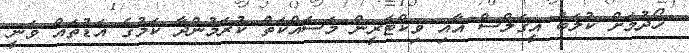
ހޯދުމަށް ކުލަބު އީގަލްސް އާއި ވިކްޓަރީން މަސައްކަތް ކުރަމުންދާ ކަމުގެ އަޑުތައް ވަނީ